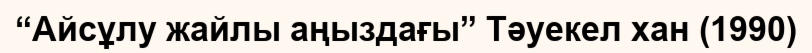
“Айсұлу жайлы аңыздағы” Тәуекел хан (1990)